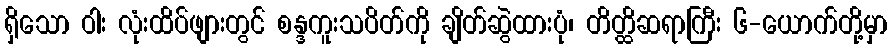
ရှိသော ဝါး လုံးထိပ်ဖျားတွင် စန္ဒကူးသပိတ်ကို ချိတ်ဆွဲထားပုံ၊ တိတ္ထိဆရာကြီး ၆-ယောက်တို့မှာ